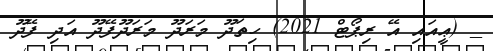
_ (ޢީއައި އޭ ރިޕޯޓް 2021) ހިތަދޫ މަރަދޫ މަރަދޫފޭދޫ އަދި ފޭދޫ